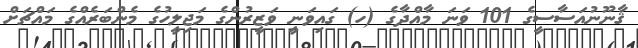
ޤާނޫނުއަސާސީގެ 101 ވަނަ މާއްދާގެ (ހ) ގައިވަނީ ވަޒީރުންގެ މަޖިލީހުގެ މެންބަރެއްގެ މައްޗަށް